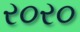
ર૦ર૦